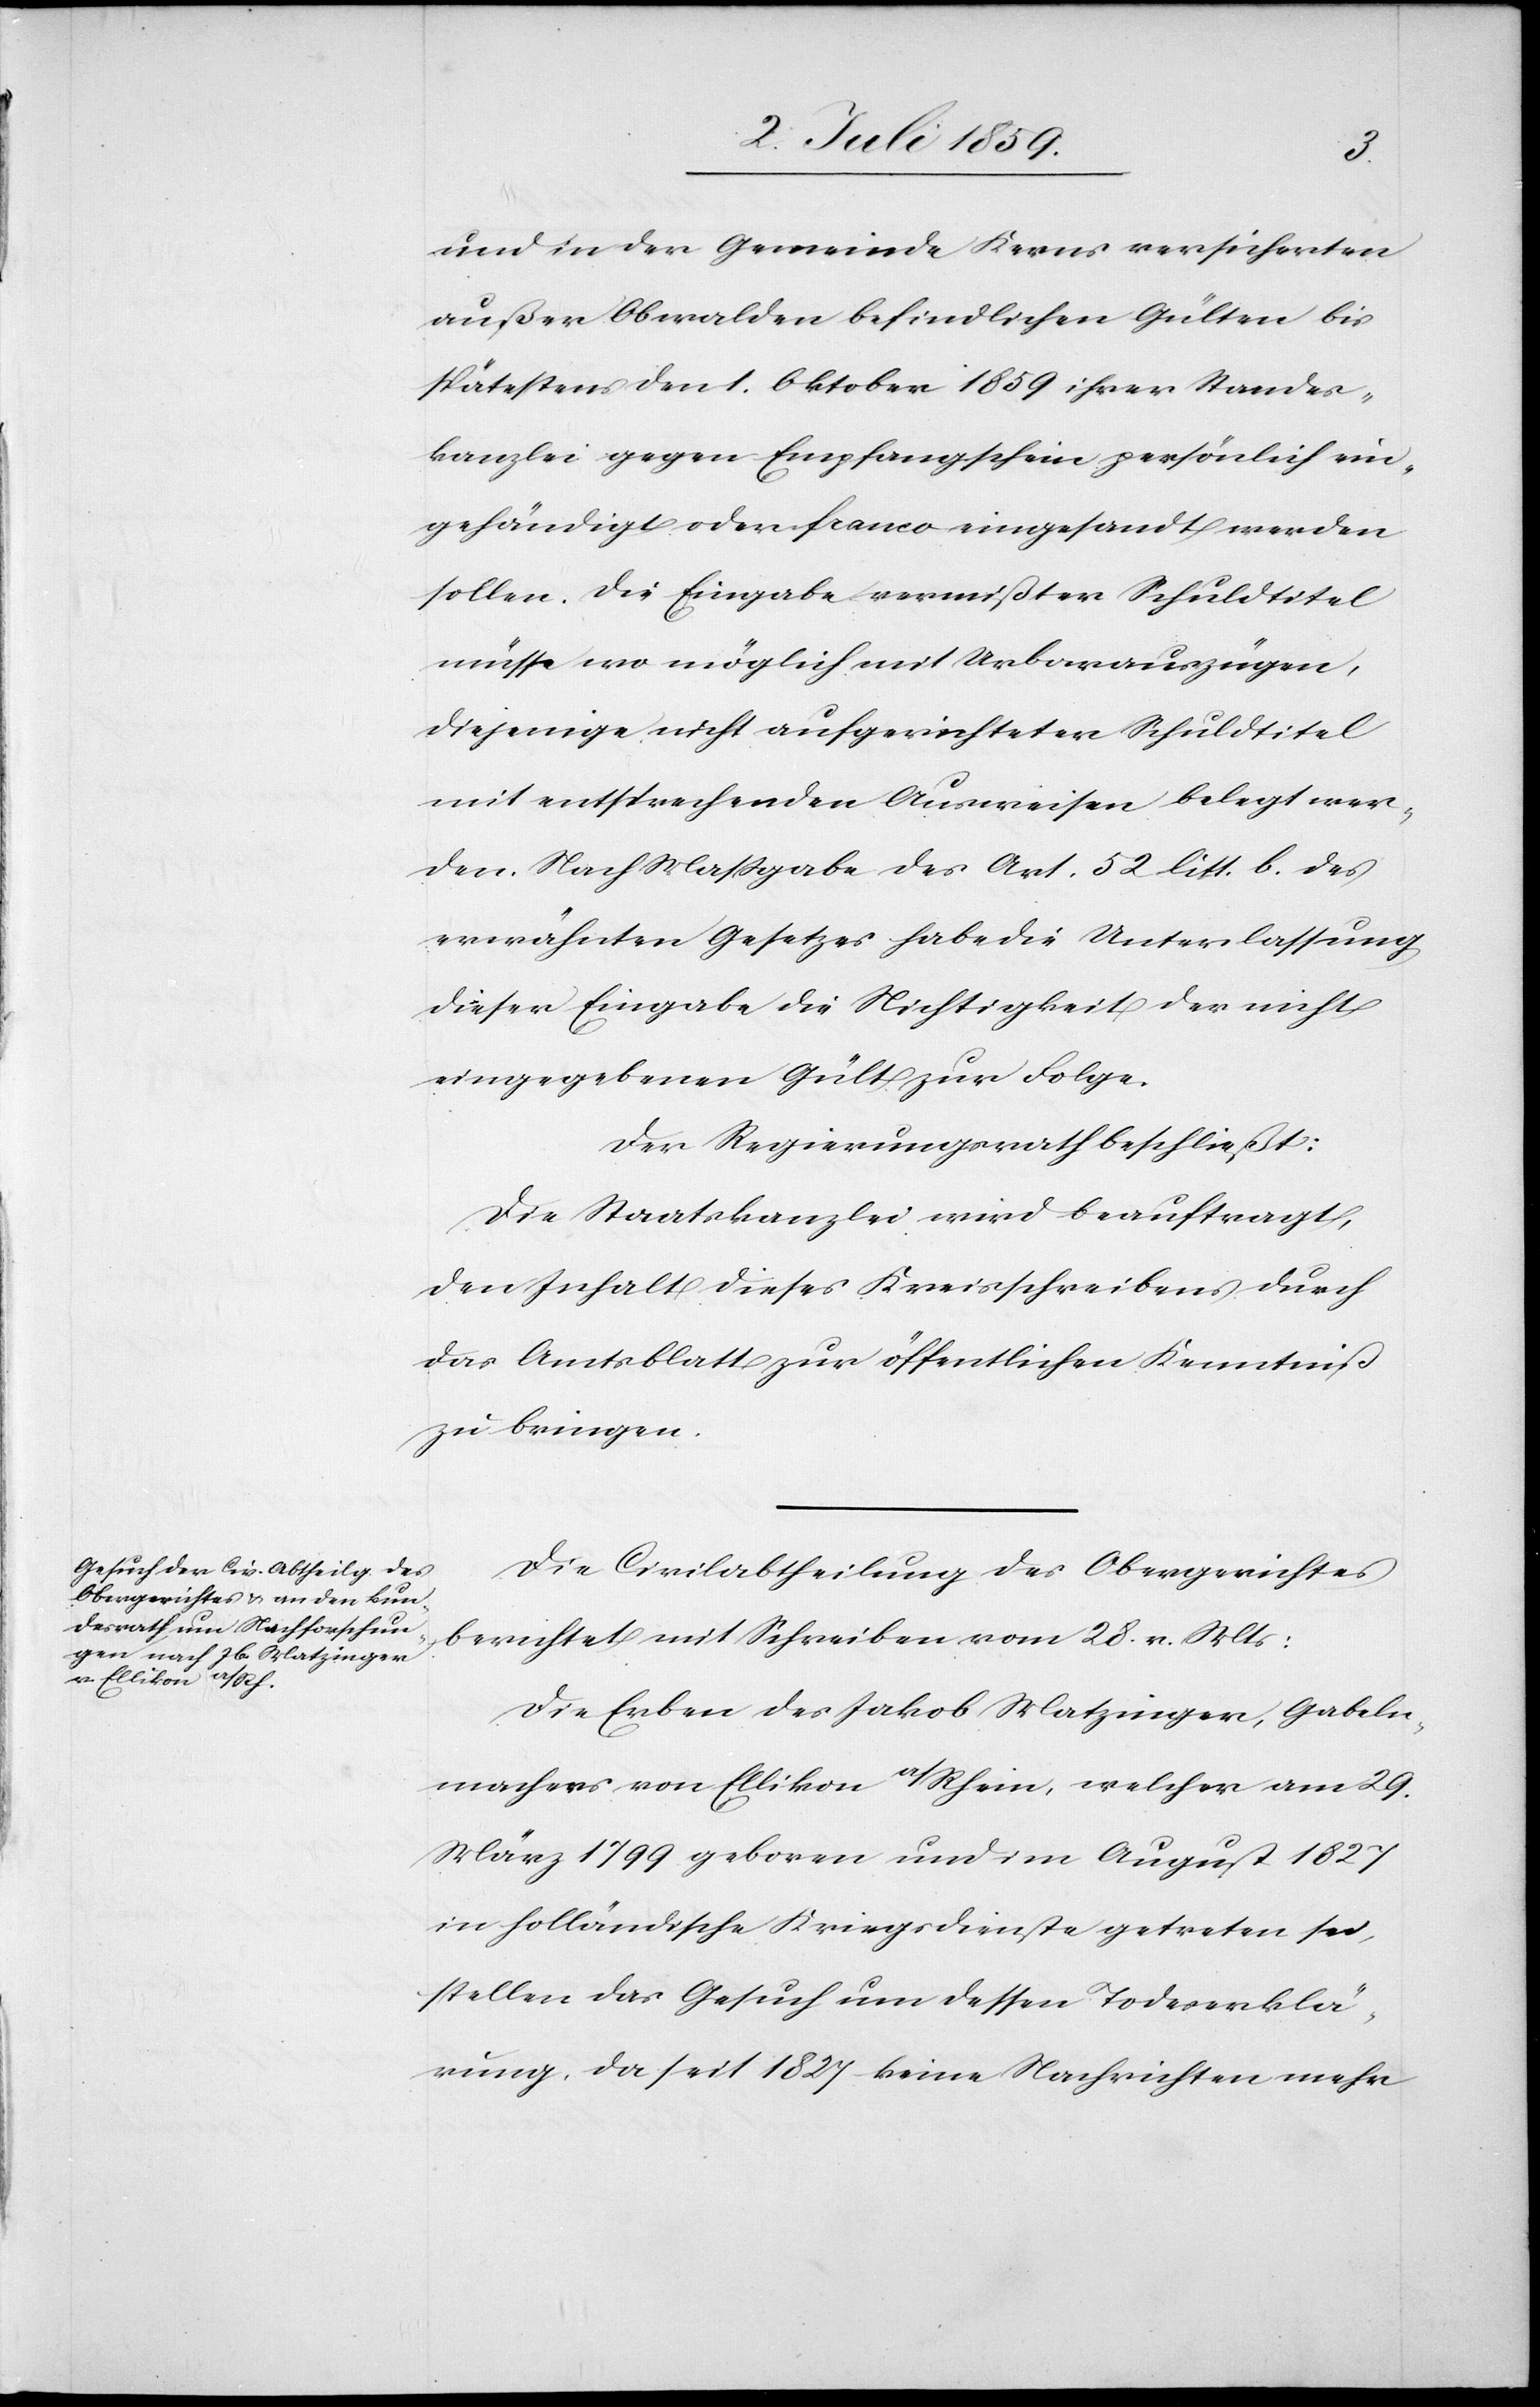
und in der Gemeinde Kerns versicherten
außer Obwalden befindlichen Gülten bis
spätestens den 1. Oktober 1859 ihrer Standes¬
kanzlei gegen Empfangschein persönlich ein¬
gehändigt oder franco eingesandt werden
sollen. Die Eingabe vermißter Schuldtitel
müsse wo möglich mit Urbarauszügen,
diejenige nicht aufgerichteten Schuldtitel
mit entsprechenden Ausweisen belegt wer¬
den. Nach Massgabe des Art. 52 litt. b des
erwähnten Gesetzes habe die Unterlassung
dieser Eingabe die Nichtigkeit der nicht¬
eingegebenen Gült zur Folge.
Der Regierungsrath beschließt:
Die Staatskanzlei wird beauftragt,
den Inhalt dieses Kreisschreibens durch
das Amtsblatt zur öffentlichen Kenntniß
zu bringen.
Die Civilabtheilung des Obergerichtes
berichtet mit Schreiben vom 28. v. Mts:
Die Erben des Jakob Matzinger, Gabeln¬
machers von Ellikon a/Rhein, welcher am 29.
März 1799 geboren und im August 1827
in holländische Kriegsdienste getreten sei,
stellen das Gesuch um dessen Todeserklä¬
rung, da seit 1827 keine Nachrichten mehr